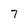
Character: 7